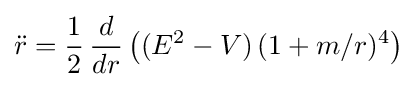
{\ddot {r}}={\frac {1}{2}}\,{\frac {d}{dr}}\left((E^{2}-V)\,(1+m/r)^{4}\right)